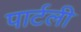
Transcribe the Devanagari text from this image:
पार्टली